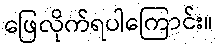
ဖြေလိုက်ရပါကြောင်း။